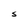
Character: S